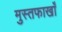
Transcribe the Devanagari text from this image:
मुस्तफाखाँ